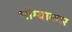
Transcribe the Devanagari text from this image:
भौम्याकार